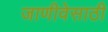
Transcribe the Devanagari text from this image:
जाणीवेसाठी